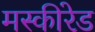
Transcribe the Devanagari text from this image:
मस्कीरेड